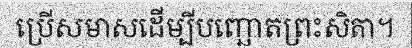
ប្រើសមាសដើម្បីបញ្ឆោតព្រះសិតា។